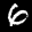
Label: 6